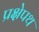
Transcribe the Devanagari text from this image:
प्रक्षेपथ